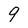
Character: 9